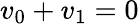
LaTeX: v_{0}+v_{1}=0